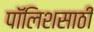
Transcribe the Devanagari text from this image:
पॉलिशसाठी